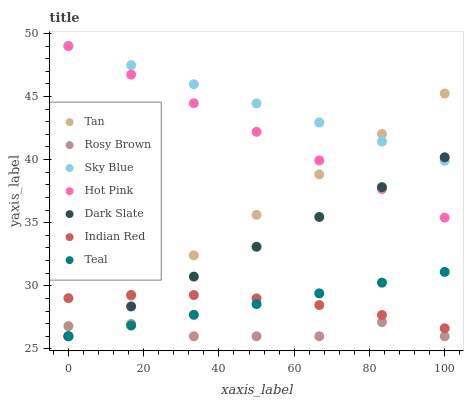
| xaxis_label | Tan | Rosy Brown | Sky Blue | Hot Pink | Dark Slate | Indian Red | Teal |
 | --- | --- | --- | --- | --- | --- | --- | --- |
 | 0 | 26 | 26.8 | 49 | 49 | 26 | 29 | 26 |
 | 16.7 | 29.2 | 27 | 47.5 | 46.7 | 28.4 | 29.3 | 26.8 |
 | 33.3 | 32.4 | 26 | 46 | 44.5 | 30.7 | 29.3 | 27.7 |
 | 50 | 35.6 | 26 | 44.5 | 42.2 | 33.1 | 29 | 28.5 |
 | 66.7 | 38.8 | 26 | 42.9 | 39.9 | 35.5 | 28.5 | 29.4 |
 | 83.3 | 42 | 27.1 | 41.4 | 37.7 | 37.8 | 27.7 | 30.2 |
 | 100 | 45.2 | 26 | 39.9 | 35.4 | 40.2 | 26.6 | 31.1 |